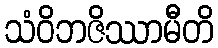
သံဝိဘဇိဿာမီတိ